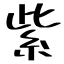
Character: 紫